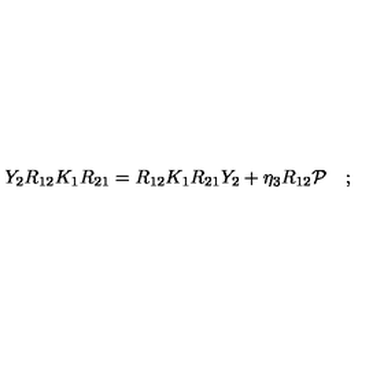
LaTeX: Y _ { 2 } R _ { 1 2 } K _ { 1 } R _ { 2 1 } = R _ { 1 2 } K _ { 1 } R _ { 2 1 } Y _ { 2 } + \eta _ { 3 } R _ { 1 2 } { \cal P } \quad ; \,